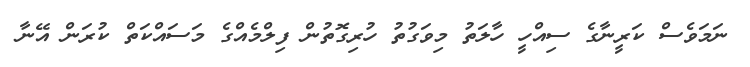
ނަމަވެސް ކަރީނާގެ ސިއްހީ ހާލަތު މިވަގުތު ހުރިގޮތުން ފިލްމެއްގެ މަސައްކަތް ކުރަން އޭނާ